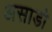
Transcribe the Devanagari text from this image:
असाडो